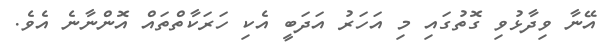
އޭނާ ވިދާޅުވި ގޮތުގައި މި އަހަރު އަދަބީ އެކި ހަރަކާތްތައް އޮންނާނެ އެވެ.